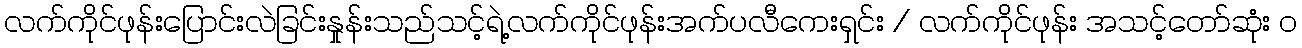
လက်ကိုင်ဖုန်းပြောင်းလဲခြင်းနှုန်းသည်သင့်ရဲ့လက်ကိုင်ဖုန်းအက်ပလီကေးရှင်း / လက်ကိုင်ဖုန်း အသင့်တော်ဆုံး ၀